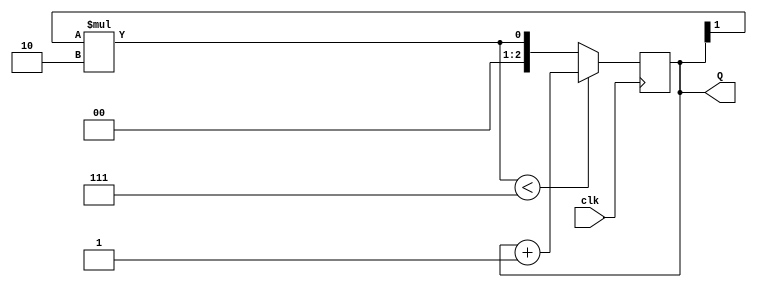
module counter_3bd(
    input clk,
    output reg [2:0] Q
    );
	 
	 integer i=0;
	 reg no = 0;
	  always @(posedge clk)
		begin
			for(i=0; i<2; i=i+1)
				begin
					no = Q[i] *  (2** i);
				end
				//$monitor("Number=%d", no);
			if(no < 7)
				Q = Q+1;
			else 
				Q = no;
		end


endmodule